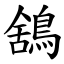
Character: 鵨